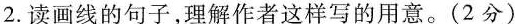
2.读画线的句子，理解作者这样写的用意。(2分)